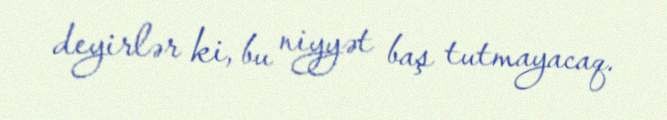
deyirlər ki, bu niyyət baş tutmayacaq.